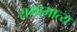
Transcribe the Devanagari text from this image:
रामामात्य